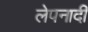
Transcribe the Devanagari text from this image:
लेपनादी